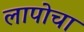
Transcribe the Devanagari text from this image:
लापोचा